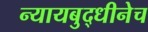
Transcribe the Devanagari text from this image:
न्यायबुद्धीनेच